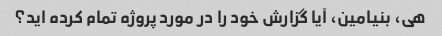
هی، بنیامین، آیا گزارش خود را در مورد پروژه تمام کرده اید؟